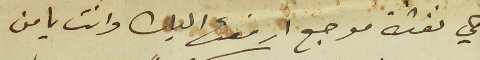
هي نفثة موجع ارفعها اليك وانت يا من